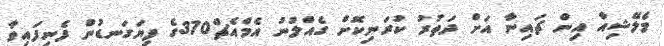
މެލޭޝިއާ އިން ޗައިނާ އަށް ދަތުރު ކުރަނިކޮށް ގެއްލުނު އެމްއެޗް370ގެ ފިޔަގަނޑުން ފެނިފައިވާ